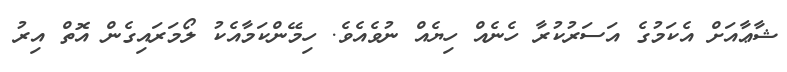
ޝާޢާއަށް އެކަމުގެ އަސަރުކުރާ ހެނެއް ހިޔެއް ނުވެއެވެ. ހިމޭންކަމާއެކު ލޯމަރައިގެން އޮތް އިރު